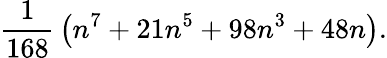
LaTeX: {\frac{1}{168}}\left(n^{7}+21n^{5}+98n^{3}+48n\right).